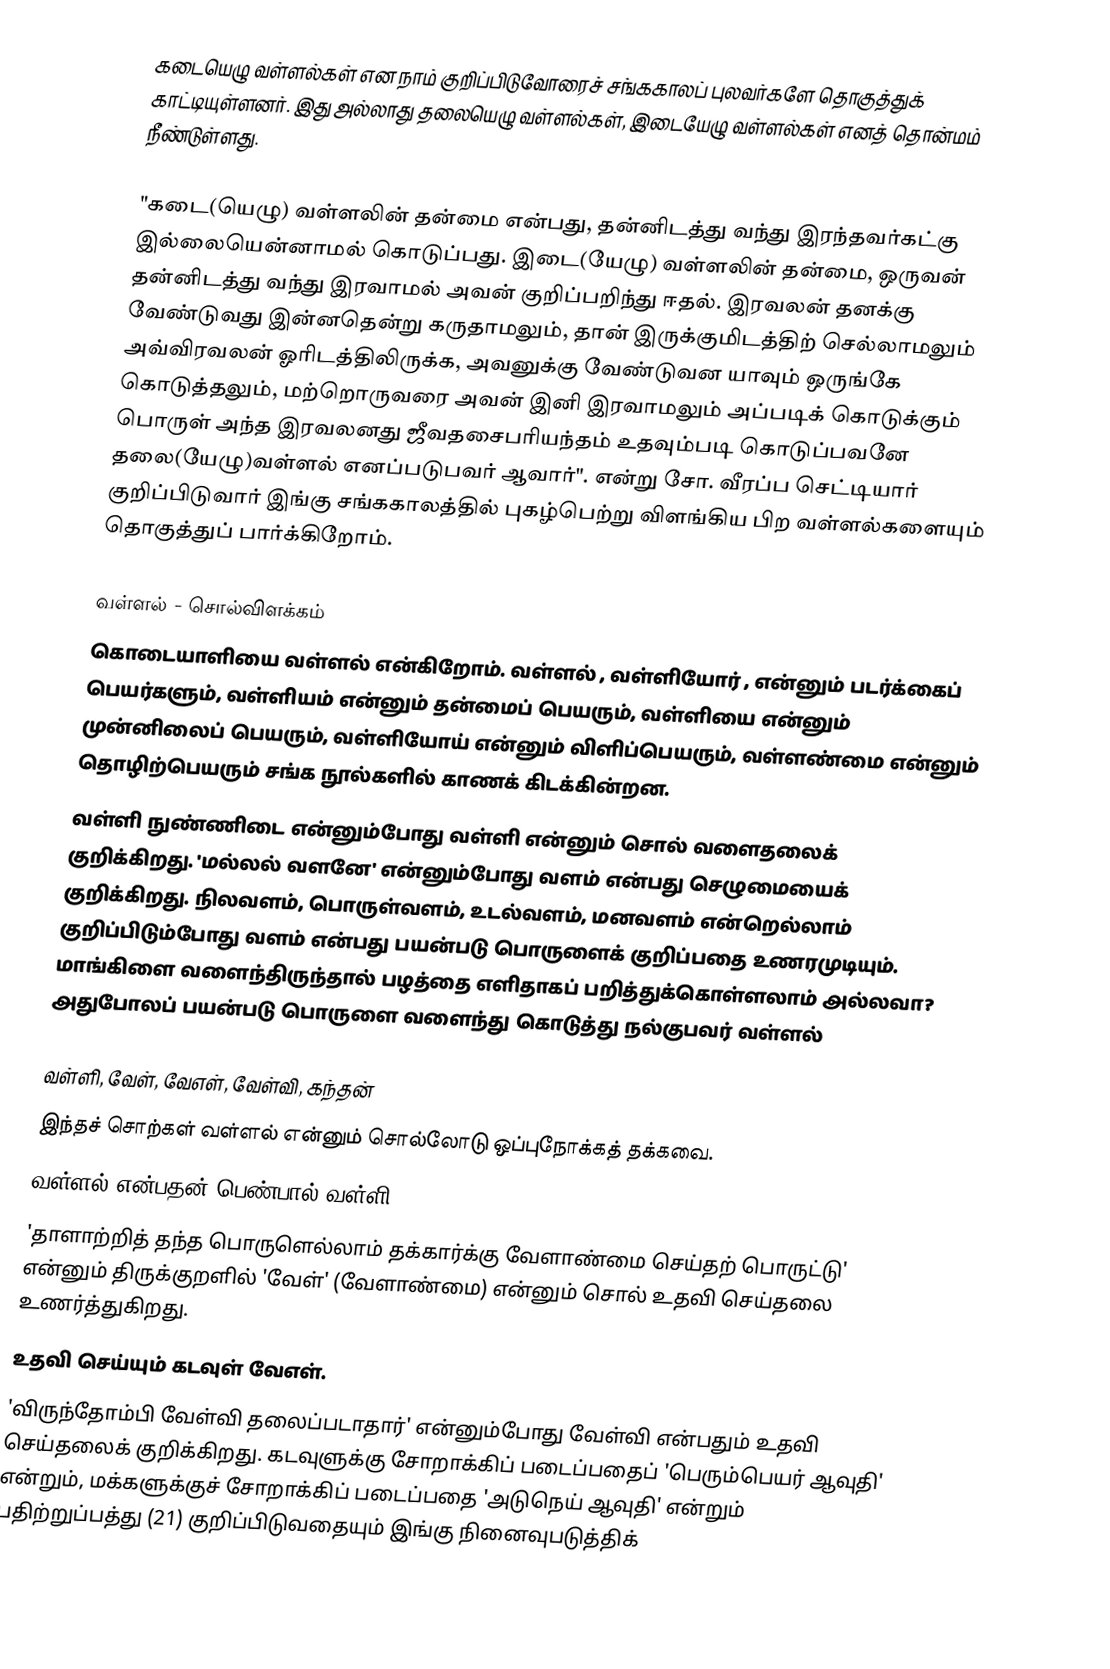
கடையெழு வள்ளல்கள் என நாம் குறிப்பிடுவோரைச் சங்ககாலப் புலவர்களே தொகுத்துக் காட்டியுள்ளனர். இது அல்லாது தலையெழு வள்ளல்கள், இடையேழு வள்ளல்கள் எனத் தொன்மம் நீண்டுள்ளது.

"கடை(யெழு) வள்ளலின் தன்மை என்பது, தன்னிடத்து வந்து இரந்தவர்கட்கு இல்லையென்னாமல் கொடுப்பது. இடை(யேழு) வள்ளலின் தன்மை, ஒருவன் தன்னிடத்து வந்து இரவாமல் அவன் குறிப்பறிந்து ஈதல். இரவலன் தனக்கு வேண்டுவது இன்னதென்று கருதாமலும், தான் இருக்குமிடத்திற் செல்லாமலும் அவ்விரவலன் ஓரிடத்திலிருக்க, அவனுக்கு வேண்டுவன யாவும் ஒருங்கே கொடுத்தலும், மற்றாெருவரை அவன் இனி இரவாமலும் அப்படிக் கொடுக்கும் பொருள் அந்த இரவலனது ஜீவதசைபரியந்தம் உதவும்படி கொடுப்பவனே தலை(யேழு)வள்ளல் எனப்படுபவர் ஆவார்". என்று சோ. வீரப்ப செட்டியார் குறிப்பிடுவார்  இங்கு சங்ககாலத்தில் புகழ்பெற்று விளங்கிய பிற வள்ளல்களையும் தொகுத்துப் பார்க்கிறோம்.

வள்ளல் - சொல்விளக்கம்
கொடையாளியை வள்ளல் என்கிறோம். வள்ளல் , வள்ளியோர் , என்னும் படர்க்கைப் பெயர்களும், வள்ளியம்  என்னும் தன்மைப் பெயரும், வள்ளியை  என்னும் முன்னிலைப் பெயரும், வள்ளியோய்  என்னும் விளிப்பெயரும், வள்ளண்மை  என்னும் தொழிற்பெயரும் சங்க நூல்களில் காணக் கிடக்கின்றன.
வள்ளி நுண்ணிடை  என்னும்போது வள்ளி என்னும் சொல் வளைதலைக் குறிக்கிறது. 'மல்லல் வளனே'  என்னும்போது வளம் என்பது செழுமையைக் குறிக்கிறது. நிலவளம், பொருள்வளம், உடல்வளம், மனவளம் என்றெல்லாம் குறிப்பிடும்போது வளம் என்பது பயன்படு பொருளைக் குறிப்பதை உணரமுடியும். மாங்கிளை வளைந்திருந்தால் பழத்தை எளிதாகப் பறித்துக்கொள்ளலாம் அல்லவா? அதுபோலப் பயன்படு பொருளை வளைந்து கொடுத்து நல்குபவர் வள்ளல்

வள்ளி, வேள், வேஎள், வேள்வி, கந்தன்
இந்தச் சொற்கள் வள்ளல் என்னும் சொல்லோடு ஒப்புநோக்கத் தக்கவை.
வள்ளல் என்பதன் பெண்பால் வள்ளி.
'தாளாற்றித் தந்த பொருளெல்லாம் தக்கார்க்கு வேளாண்மை செய்தற் பொருட்டு' என்னும் திருக்குறளில் 'வேள்' (வேளாண்மை) என்னும் சொல் உதவி செய்தலை உணர்த்துகிறது.
உதவி செய்யும் கடவுள் வேஎள்.
'விருந்தோம்பி வேள்வி தலைப்படாதார்'  என்னும்போது வேள்வி என்பதும் உதவி செய்தலைக் குறிக்கிறது. கடவுளுக்கு சோறாக்கிப் படைப்பதைப் 'பெரும்பெயர் ஆவுதி' என்றும், மக்களுக்குச் சோறாக்கிப் படைப்பதை 'அடுநெய் ஆவுதி' என்றும் பதிற்றுப்பத்து (21) குறிப்பிடுவதையும் இங்கு நினைவுபடுத்திக்